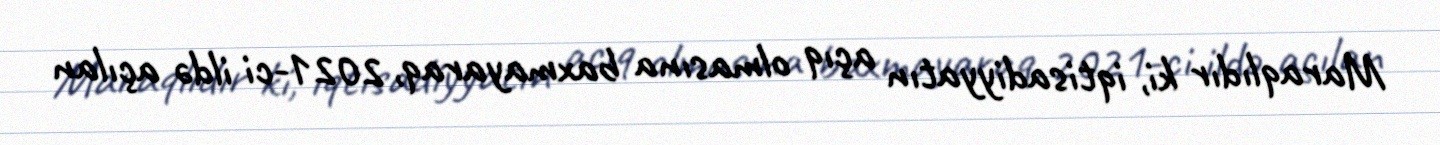
Maraqlıdır ki, iqtisadiyyatın açıq olmasına baxmayaraq, 2021-ci ildə açılan